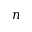
n